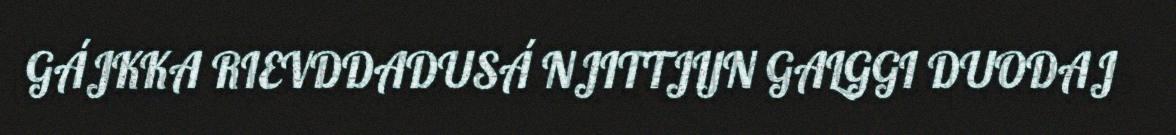
GÁJKKA RIEVDDADUSÁ NJITTJIJN GALGGI DUODAJ